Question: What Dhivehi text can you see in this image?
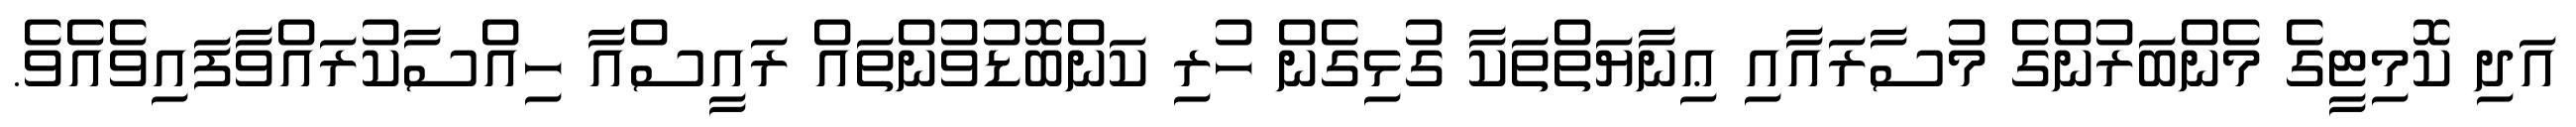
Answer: އަދި ކޮމިޓީގެ މެންބަރުންގެ މުސާރައާއި ޢިނާޔަތްތަކާ ގުޅިގެން ހުރި ކަންބޮޑުވުންތައް ރައީސްއާ ހިއްސާކުރައްވާފައިވެއެވެ.